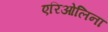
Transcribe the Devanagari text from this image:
एरिओलिना